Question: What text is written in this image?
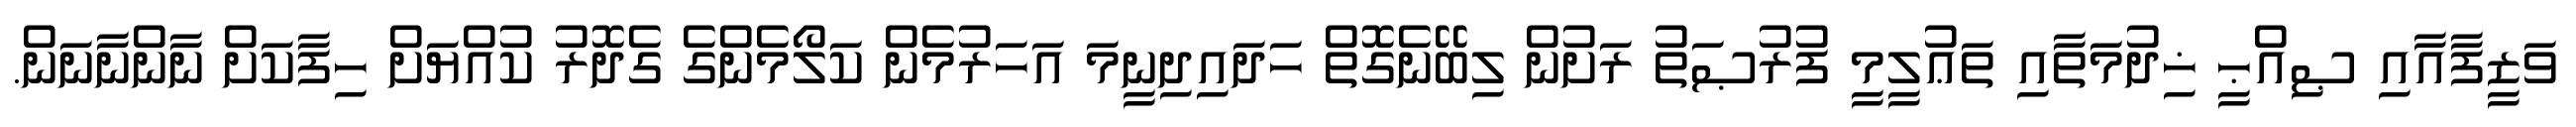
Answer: ވަޒީފާއާއި ޞިއްޙީ ޚިދުމަތާއި ތަޢުލީމީ ފުރުޞަތު ރަށުން ލިބޭނެގޮތް ހަދައިދިނީމަ އަހަރުމެން ކަލޯމެންގެ ގެދޮރު ކުއްޔަށް ހިފާކަށް ނާންނާނަން.